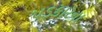
પડકારના